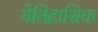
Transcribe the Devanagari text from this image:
येतिहासिक